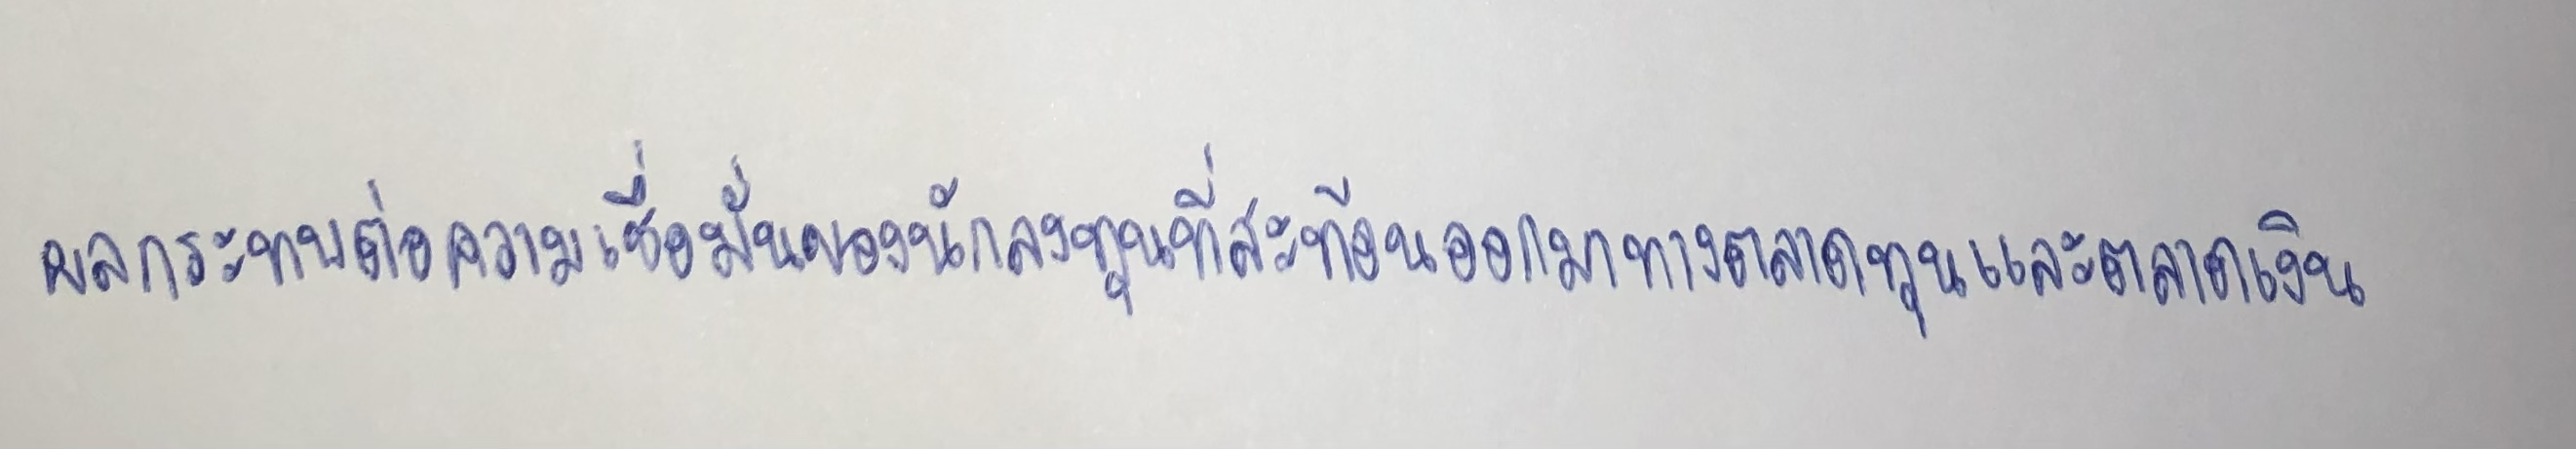
ผลกระทบต่อความเชื่อมั่นของนักลงทุนที่สะท้อนออกมาทางตลาดทุนและตลาดเงิน